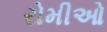
રોમીઓ